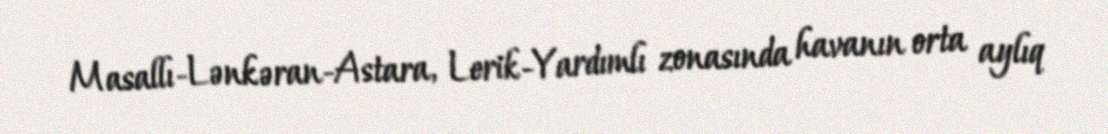
Masallı-Lənkəran-Astara, Lerik-Yardımlı zonasında havanın orta aylıq